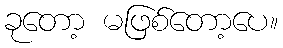
ခုတော့ မဖြစ်တော့ပေ။